Lunatic asylums Central Provinces reports 1874-1885 - 1874-1885
Year: 1874
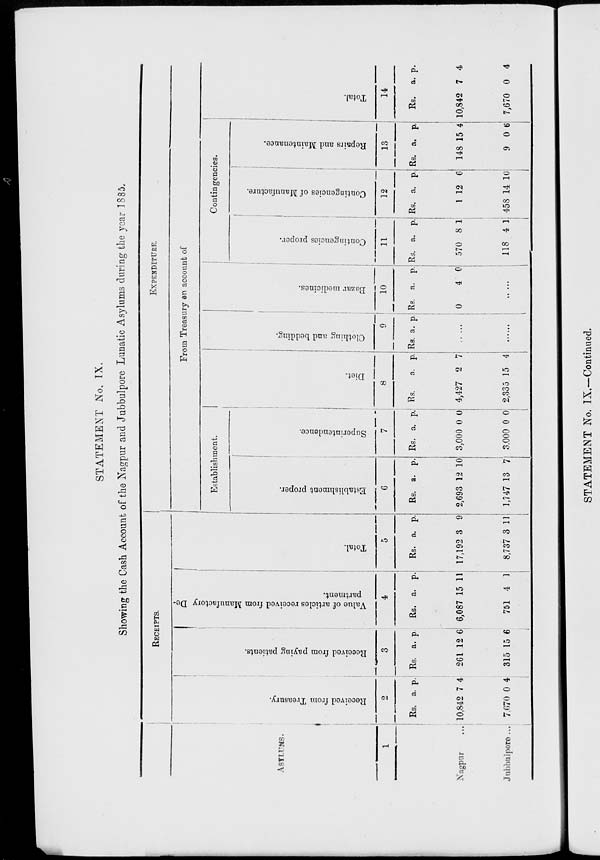
STATEMENT No. IX.
Showing the Cash Account of the Nagpur and Jubbulpore Lunatic Asylums during the year 1885.
ASYLUMS.
1
Nagpur ...
Jubbulpore ...
RECEIPTS.
Received from Treasury.
2
Rs.
10,842
7,670
a.
7
0
p.
4
4
Received from paying patients.
3
Rs.
261
315
a.
12
15
p.
6
6
Value of articles received from Manufactory De-
partment.
4
Rs.
6,087
751
a.
15
4
p.
11
1
Total.
5
Rs.
17,192
8,737
a.
3
3
p.
9
11
EXPENDITURE.
From Treasury on account of
Establishment.
Establishment proper.
6
Rs.
2,693
1,747
a.
12
13
p.
10
7
Superintendence.
7
Rs.
3,000
3,000
a.
0
0
p.
0
0
Diet.
8
Rs.
4,427
2,335
a.
2
15
p.
7
4
Clothing and bedding.
9
Rs. a.
p.
......
......
Bazar medicines.
10
Rs.
0
a.
4
p.
0
......
Contingencies.
Contingencies proper.
11
Rs.
570
118
a.
8
4
p.
1
1
Contingencies of Manufacture.
12
Rs.
1
458
a.
12
14
p.
6
10
Repairs and Maintenance.
13
Rs.
148
9
a.
15
0
p.
4
6
Total.
14
Rs.
10,842
7,670
a.
7
0
p.
4
4